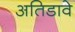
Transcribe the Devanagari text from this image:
अतिडावे